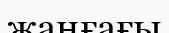
жаңғағы